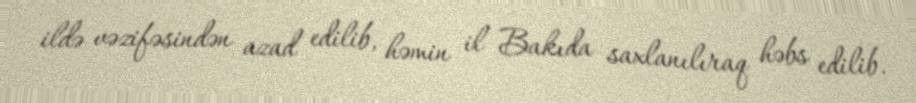
ildə vəzifəsindən azad edilib, həmin il Bakıda saxlanılıraq həbs edilib.